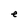
Character: e